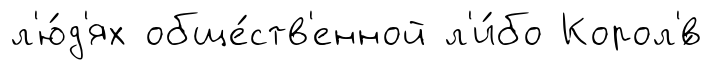
л'ю́д'ях обще́ств'енной л'и́бо Корол'́в